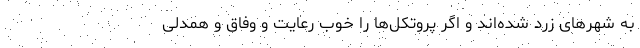
به شهرهای زرد شده‌‌اند و اگر پروتکل‌‌ها را خوب رعایت و وفاق و همدلی